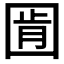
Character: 𭍧